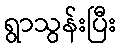
ရွာသွန်းပြီး